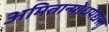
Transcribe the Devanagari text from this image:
अमितान्योधयेद्यस्तु